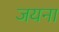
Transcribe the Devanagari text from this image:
जयना